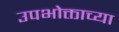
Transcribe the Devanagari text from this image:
उपभोक्ताच्या